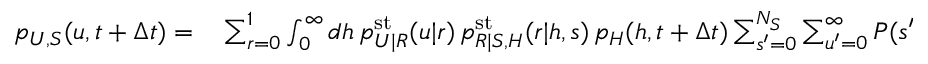
\begin{array} { r l } { p _ { U , S } ( u , t + \Delta t ) = } & { { } \sum _ { r = 0 } ^ { 1 } \int _ { 0 } ^ { \infty } d h \, p _ { U | R } ^ { \mathrm { s t } } ( u | r ) \, p _ { R | S , H } ^ { \mathrm { s t } } ( r | h , s ) \, p _ { H } ( h , t + \Delta t ) \sum _ { s ^ { \prime } = 0 } ^ { N _ { S } } \sum _ { u ^ { \prime } = 0 } ^ { \infty } P ( s ^ { \prime } , t \to s , t + \Delta t ) | u ^ { \prime } ) p _ { U , S } ( u ^ { \prime } , s ^ { \prime } , t ) } \end{array}